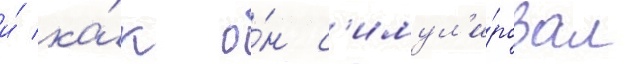
и́ ка́к о́н с'имул'и́ровал